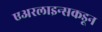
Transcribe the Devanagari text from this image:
एअरलाइन्सकडून